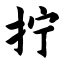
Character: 拧